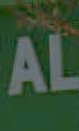
AL